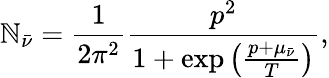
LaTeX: \mathbb{N}_{\bar{{\nu}}}=\frac{{1}}{{2\pi^{2}}}\frac{{p^{2}}}{{1+\exp{\left(\frac{{p+\mu_{\bar{{\nu}}}}}{{T}}\right)}}},